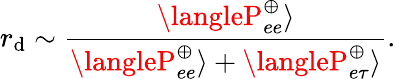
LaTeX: r_{\mathrm{d}}\sim\frac{{\langleP_{ee}^{\oplus}\rangle}}{{\langleP_{ee}^{\oplus}\rangle+\langleP_{e\tau}^{\oplus}\rangle}}.